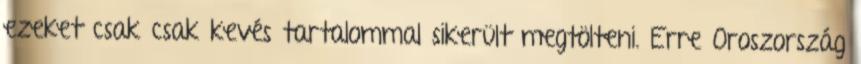
ezeket csak csak kevés tartalommal sikerült megtölteni. Erre Oroszország